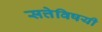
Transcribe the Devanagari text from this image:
सत्तेविषयी